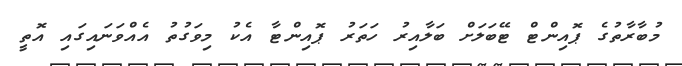
މުބާރާތުގެ ޕޮއިންޓް ޓޭބަލަށް ބަލާއިރު ހަތަރު ޕޮއިންޓާ އެކު މިވަގުތު އެއްވަނައިގައި އޮތީ